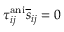
\tau _ { i j } ^ { \mathrm { a n i } } \overline { { s } } _ { i j } = 0